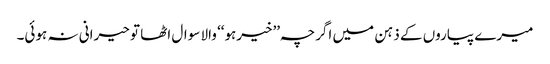
میرے پیاروں کے ذہن میں اگرچہ ’’خیرہو‘‘ والا سوال اٹھا تو حیرانی نہ ہوئی۔